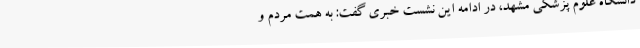
دانشگاه علوم پزشکی مشهد، در ادامه این نشست خبری گفت: به همت مردم و